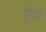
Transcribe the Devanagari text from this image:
हूँदो